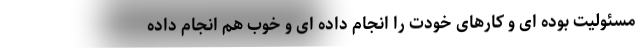
مسئولیت بوده ای و کارهای خودت را انجام داده ای و خوب هم انجام داده